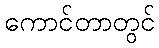
ကောင်တာတွင်